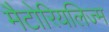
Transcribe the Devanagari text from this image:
मैटोरियलिज्म